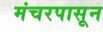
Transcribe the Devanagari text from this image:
मंचरपासून